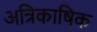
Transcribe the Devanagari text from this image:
अत्रिकाषिक